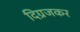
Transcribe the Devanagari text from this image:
दिग्रजकर